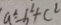
a ^ { 2 } - b ^ { 2 } + c ^ { 2 }